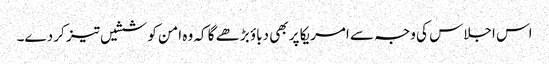
اس اجلاس کی وجہ سے امریکا پر بھی دباؤ بڑھے گا کہ وہ امن کوششیں تیز کر دے۔